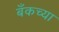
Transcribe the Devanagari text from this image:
बँकच्या